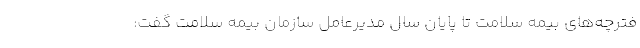
فترچه‌های بیمه سلامت تا پایان سال مدیرعامل سازمان بیمه سلامت گفت: